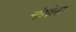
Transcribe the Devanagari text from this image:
चंदोला